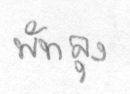
พัทลุง